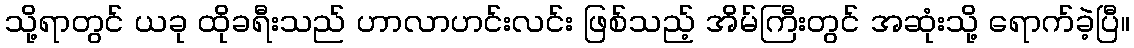
သို့ရာတွင် ယခု ထိုခရီးသည် ဟာလာဟင်းလင်း ဖြစ်သည့် အိမ်ကြီးတွင် အဆုံးသို့ ရောက်ခဲ့ပြီ။